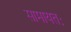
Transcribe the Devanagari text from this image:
सामायतः